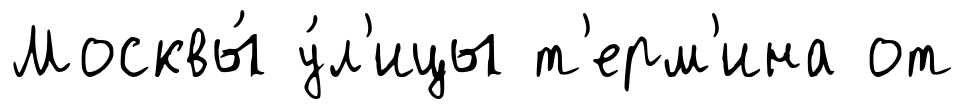
Москвы́ у́л'ицы т'ерм'ина от